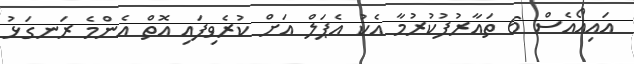
އައިއޯއެސް 6 ތައާރުފުކުރުމާ އެކު އެޕަލް އަށް ކުރެވިފައި އޮތް އެންމެ ރަނގަޅު